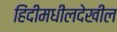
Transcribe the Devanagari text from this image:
हिंदीमधीलदेखील